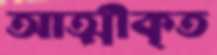
আত্মীকৃত